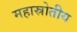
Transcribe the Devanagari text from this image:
महास्रोतीय